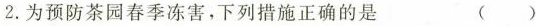
2.为预防茶园春季冻害，下列措施正确的是 ( )